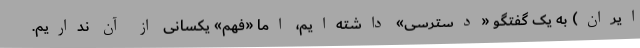
ایران) به یک گفتگو «دسترسی» داشته‌ایم، اما «فهم» یکسانی از آن نداریم.